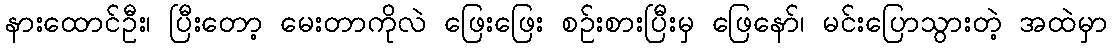
နားထောင်ဦး၊ ပြီးတော့ မေးတာကိုလဲ ဖြေးဖြေး စဉ်းစားပြီးမှ ဖြေနော်၊ မင်းပြောသွားတဲ့ အထဲမှာ